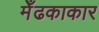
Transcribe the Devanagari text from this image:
मेँढकाकार